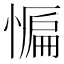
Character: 𭞒